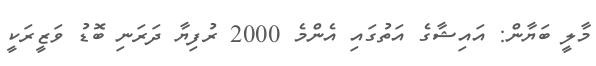
މާލީ ބަޔާން: އައިޝާގެ އަތުގައި އެންމެ 2000 ރުފިޔާ ދަރަނި ބޮޑު ވަޒީރަކީ